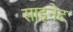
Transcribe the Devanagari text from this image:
साइनेट